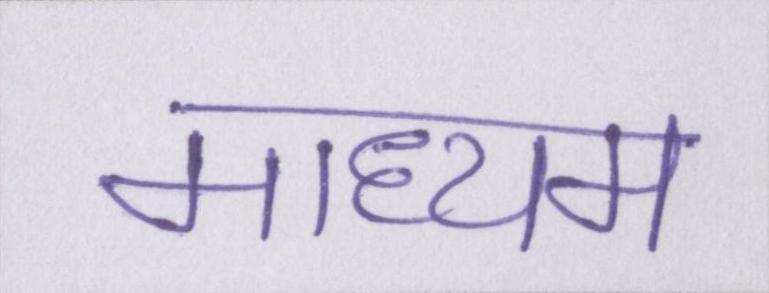
माध्यम